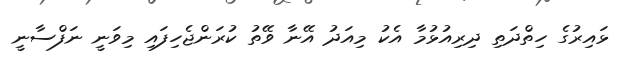
ޅައިރުގެ ހިތްދަތި ދިރިއުޅުމާ އެކު މިއަދު އޭނާ ވޭތު ކުރަންޖެހިފައި މިވަނީ ނަފްސާނީ